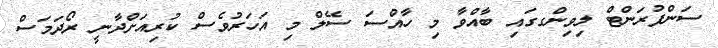
ސަންފުރަންޓް ލިވިންގގައި ބާއްވާ މި ހާއްސަ ސޭލް މި އަހަރުވެސް ކުރިއަށްދާނީ ރޯދަމަސް